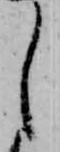
し